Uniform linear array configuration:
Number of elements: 48
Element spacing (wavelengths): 0.25
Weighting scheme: binomial
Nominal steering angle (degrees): -45
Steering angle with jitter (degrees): -45.641
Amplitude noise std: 0.05
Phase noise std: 0.05

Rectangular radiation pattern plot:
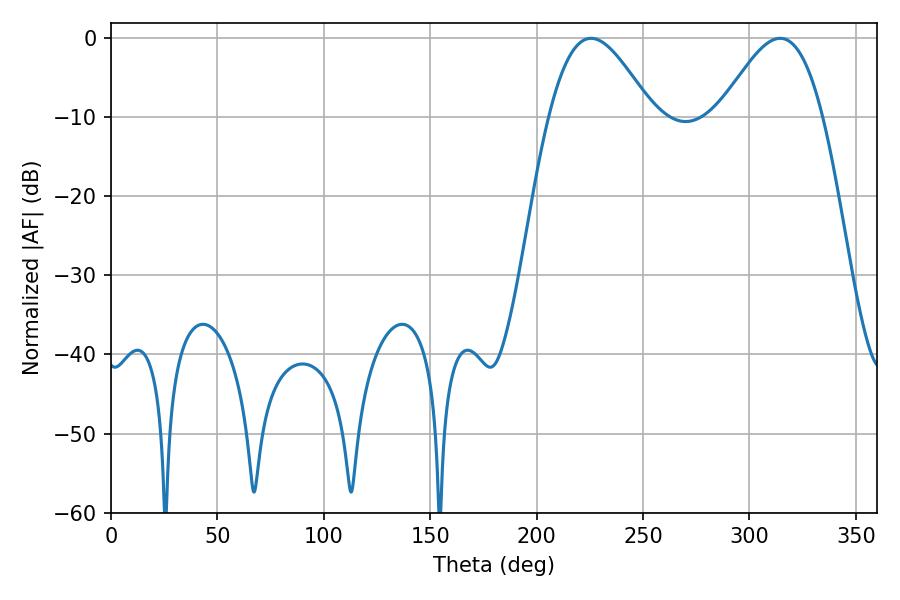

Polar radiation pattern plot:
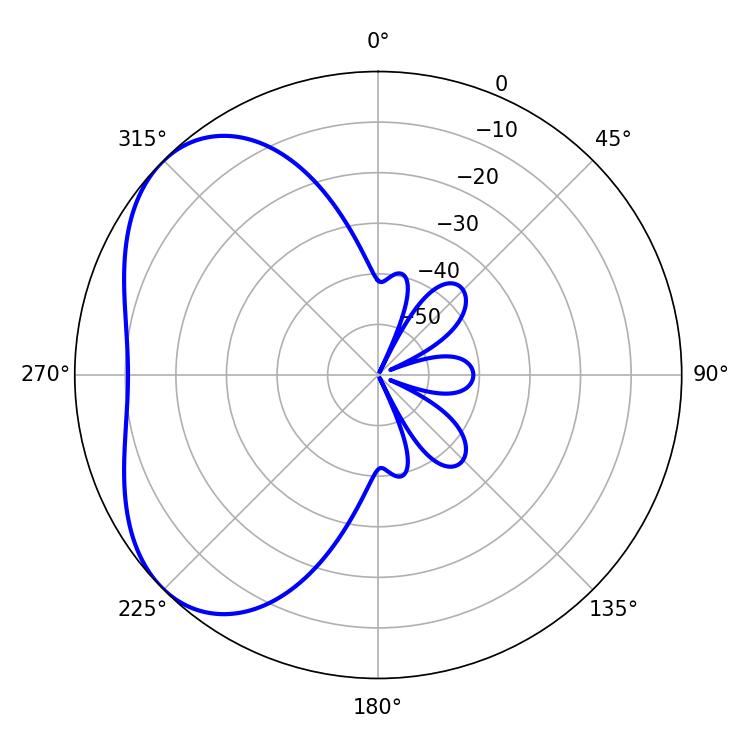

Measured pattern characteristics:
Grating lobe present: FALSE
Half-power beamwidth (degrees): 25.92
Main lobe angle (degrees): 225.54